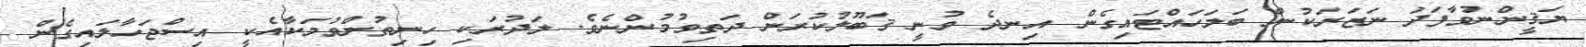
ޔަޤީންނުވާފަދަ ނަޒަރަކުން ބަލަހައްޓައިގެން އިނދެ ވުނީ ޤަބޫލުކުރަން ދަތިވުމުންނެވެ. ލަދުރަކި ހިނިތުންވުމަކާއެކީ އިސްޖަހާލައިގެން